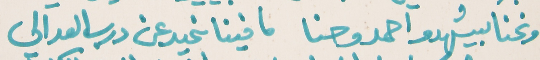
ونحنا بيشهدو احمد وحنا   ما فينا نحيد عن درس العدالي